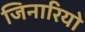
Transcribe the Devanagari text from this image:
जिनारियो